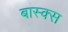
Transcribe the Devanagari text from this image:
बास्क्स